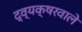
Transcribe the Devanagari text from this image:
द्व्यक्षरवाले